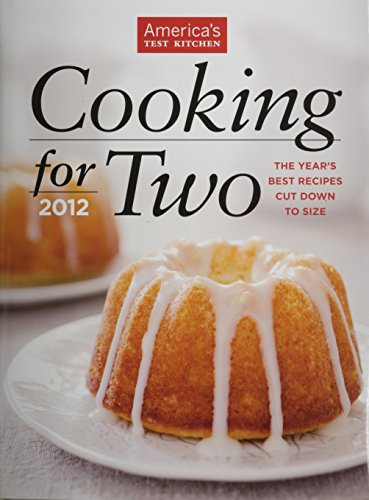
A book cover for Cooking for Two 2012 (America's Test Kitchen); Editors at America's Test Kitchen; Cookbooks, Food & Wine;